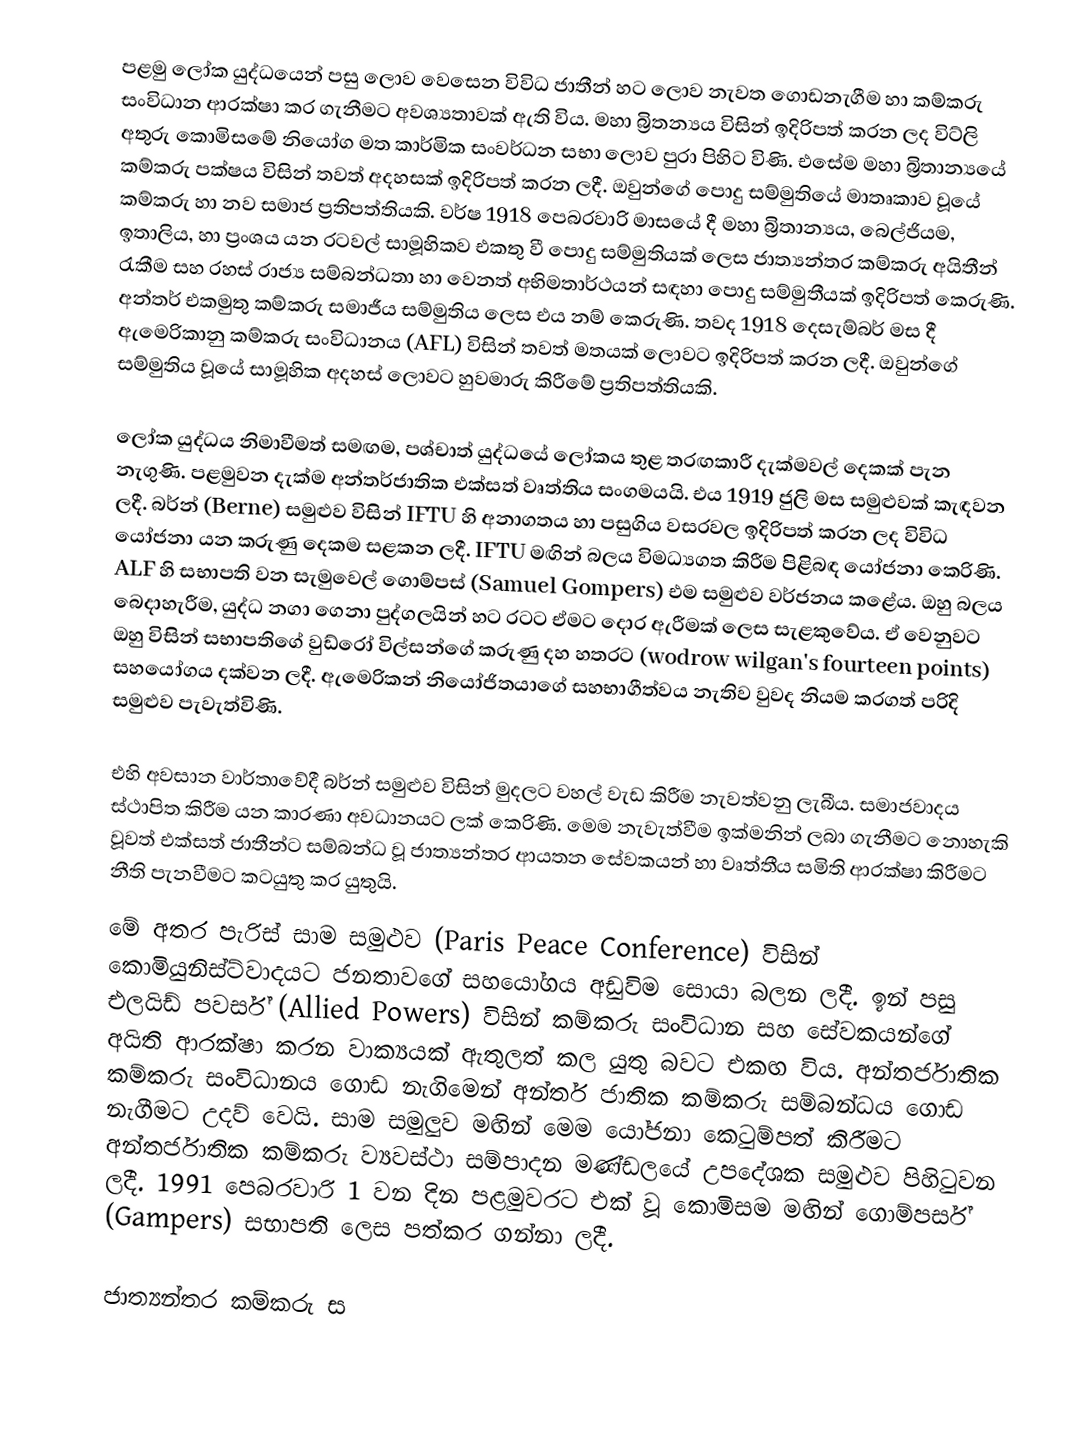
පළමු ලෝක යුද්ධයෙන් පසු ලොව වෙසෙන විවිධ ජාතීන් හට ලොව නැවත ගොඩනැගීම හා කම්කරු  සංවිධාන ආරක්ෂා කර ගැනීමට අවශ්‍යතාවක් ඇති විය. මහා බ්‍රිතන්‍යය විසින් ඉදිරිපත් කරන ලද විට්ලි අතුරු කොමිසමේ ‍නියෝග මත කාර්මික සංවර්ධන සභා ‍ලොව පුරා පිහිට විණි. එසේම මහා බ්‍රිතාන්‍යයේ කම්කරු පක්ෂය   විසින් තවත් අදහසක් ඉදිරිපත් කරන ලදී. ඔවුන්ගේ ‍පොදු සම්මුතියේ මාතෘකාව වූයේ කම්කරු හා නව සමාජ ප්‍රතිපත්තියකි. වර්ෂ 1918 පෙබරවාරි මාසයේ දී මහා බ්‍රිතාන්‍යය, බෙල්ජියම, ඉතාලිය, හා ප්‍රංශය යන රටවල් සාමූහිකව එකතු වී පොදු සම්මුතියක් ලෙස ජාත්‍යන්තර කම්කරු අයිතීන් රැකීම සහ රහස්  රාජ්‍ය සම්බන්ධතා හා වෙනත් අභිමතාර්ථයන් සඳහා පොදු සම්මුතීයක් ‍ඉදිරිපත් කෙරුණි. අන්තර් එකමුතු කම්කරු සමාජීය සම්මුතිය ලෙස එය නම් කෙරුණි. තවද 1918 දෙසැම්බර් මස දී ඇමෙරිකානු කම්කරු සංවිධානය (AFL) විසින් තවත් මතයක්  ලොවට ඉදිරිපත් කරන ලදී. ඔවුන්ගේ සම්මුතිය වූයේ සාමූහික අදහස් ලොවට හුවමාරු කිරීමේ ප්‍රතිපත්තියකි.

ලෝක යුද්ධ‍ය නිමාවීමත් සමඟම, පශ්චාත් යුද්ධයේ ලෝකය තුළ තරඟකාරී දැක්මවල් දෙකක් පැන නැගුණි. පළමුවන දැක්ම අන්තර්ජාතික එක්සත් වෘත්තිය සංගමයයි. එය 1919 ජුලි මස සමුළුවක් කැඳවන ලදී. බර්න් (Berne)  සමුළුව විසින් IFTU  හි අනාගතය හා පසුගිය වසරවල ඉදිරිපත් කරන ලද විවිධ යෝජනා යන කරුණු දෙකම සළකන ලදී. IFTU මඟින් බලය  විමධ්‍යගත කිරීම පිළිබඳ යෝජනා කෙරිණි. ALF හි සභාපති වන සැමුවෙල් ගොම්පස් (Samuel Gompers) එම සමුළුව වර්ජනය කළේය. ඔහු බලය  බෙදාහැරීම, යුද්ධ නගා ‍‍ගෙනා පුද්ගලයින් හට රටට ඒමට දොර ඇරීමක් ලෙස  සැළකුවේය. ඒ වෙනුවට ඔහු විසින් සභාපතිගේ වුඩ්රෝ විල්සන්ගේ කරුණු දහ හතරට (wodrow wilgan's fourteen points) සහයෝගය දක්වන ලදී. ඇමෙරිකන් නියෝජිතයාගේ සහභාගීත්වය නැතිව වුවද නියම කරගත් පරිදි සමුළුව පැවැත්විණි.

එහි අවසාන වාර්තාවේදී බර්න් සමුළුව විසින් මුදලට වහල් වැඩ කිරීම නැවත්වනු ලැබීය. සමාජවාදය ස්ථාපිත කිරීම යන කාරණා අවධානයට  ලක් කෙරිණි. මෙම නැවැත්වීම ඉක්මනින් ලබා ගැනීමට නොහැකි වූවත් එක්සත් ජාතීන්ට සම්බන්ධ වූ ජාත්‍යන්තර ආයතන සේවකයන් හා වෘත්තීය සමිති ආරක්ෂා කිරීමට නීති පැනවීමට කටයුතු කර යුතුයි.
මේ අතර පැරිස් සාම සමුළුව (Paris Peace Conference) විසින් කොමියුනිස්ට්වාදයට ජනතාවගේ සහයෝගය අඩුවිම සොයා බලන ලදී. ඉන් පසු එලයිඩ් පවර්ස් (Allied Powers) විසින් කම්කරු සංවිධාන සහ සේවකයන්ගේ අයිති ආරක්ෂා කරන වාක්‍යයක් ඇතුලත් කල යුතු බවට එකඟ විය. අන්තර්ජාතික කම්කරු සංවිධානය ගොඩ නැගිමෙන්  අන්තර් ජාතික කම්කරු සම්බන්ධය ගොඩ නැගීමට උදව් වෙයි. සාම සමුලුව මඟින් මෙම යෝජනා කෙටුම්පත්  කිරීමට අන්තර්ජාතික කම්කරු ව්‍යවස්ථා සම්පාදන මණ්ඩලයේ උපදේශක සමුළුව පිහිටුවන ලදී. 1991 පෙබරවාරි 1 වන දින  පළමුවරට එක් වූ කොමිසම මඟින් ගොම්පර්ස් (Gampers) සභාපති ලෙස පත්කර ගන්නා ලදී.

ජාත්‍යන්තර කම්කරු ස